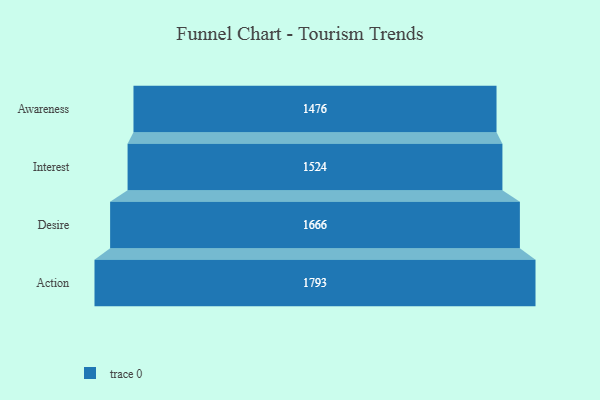
{"axis": {"x": "Stage", "y": "Value"}, "legend": [""], "data": [{"x": "Awareness", "y": 1476.0, "type": ""}, {"x": "Interest", "y": 1524.0, "type": ""}, {"x": "Desire", "y": 1666.0, "type": ""}, {"x": "Action", "y": 1793.0, "type": ""}]}